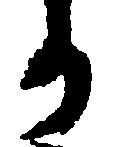
か